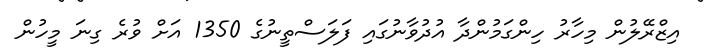
އިޒްރޭލުން މިހާރު ހިންގަމުންދާ އުދުވާނުގައި ފަލަސްތީނުގެ 1350 އަށް ވުރެ ގިނަ މީހުން